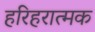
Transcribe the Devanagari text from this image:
हरिहरात्मक